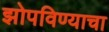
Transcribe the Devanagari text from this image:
झोपविण्याचा